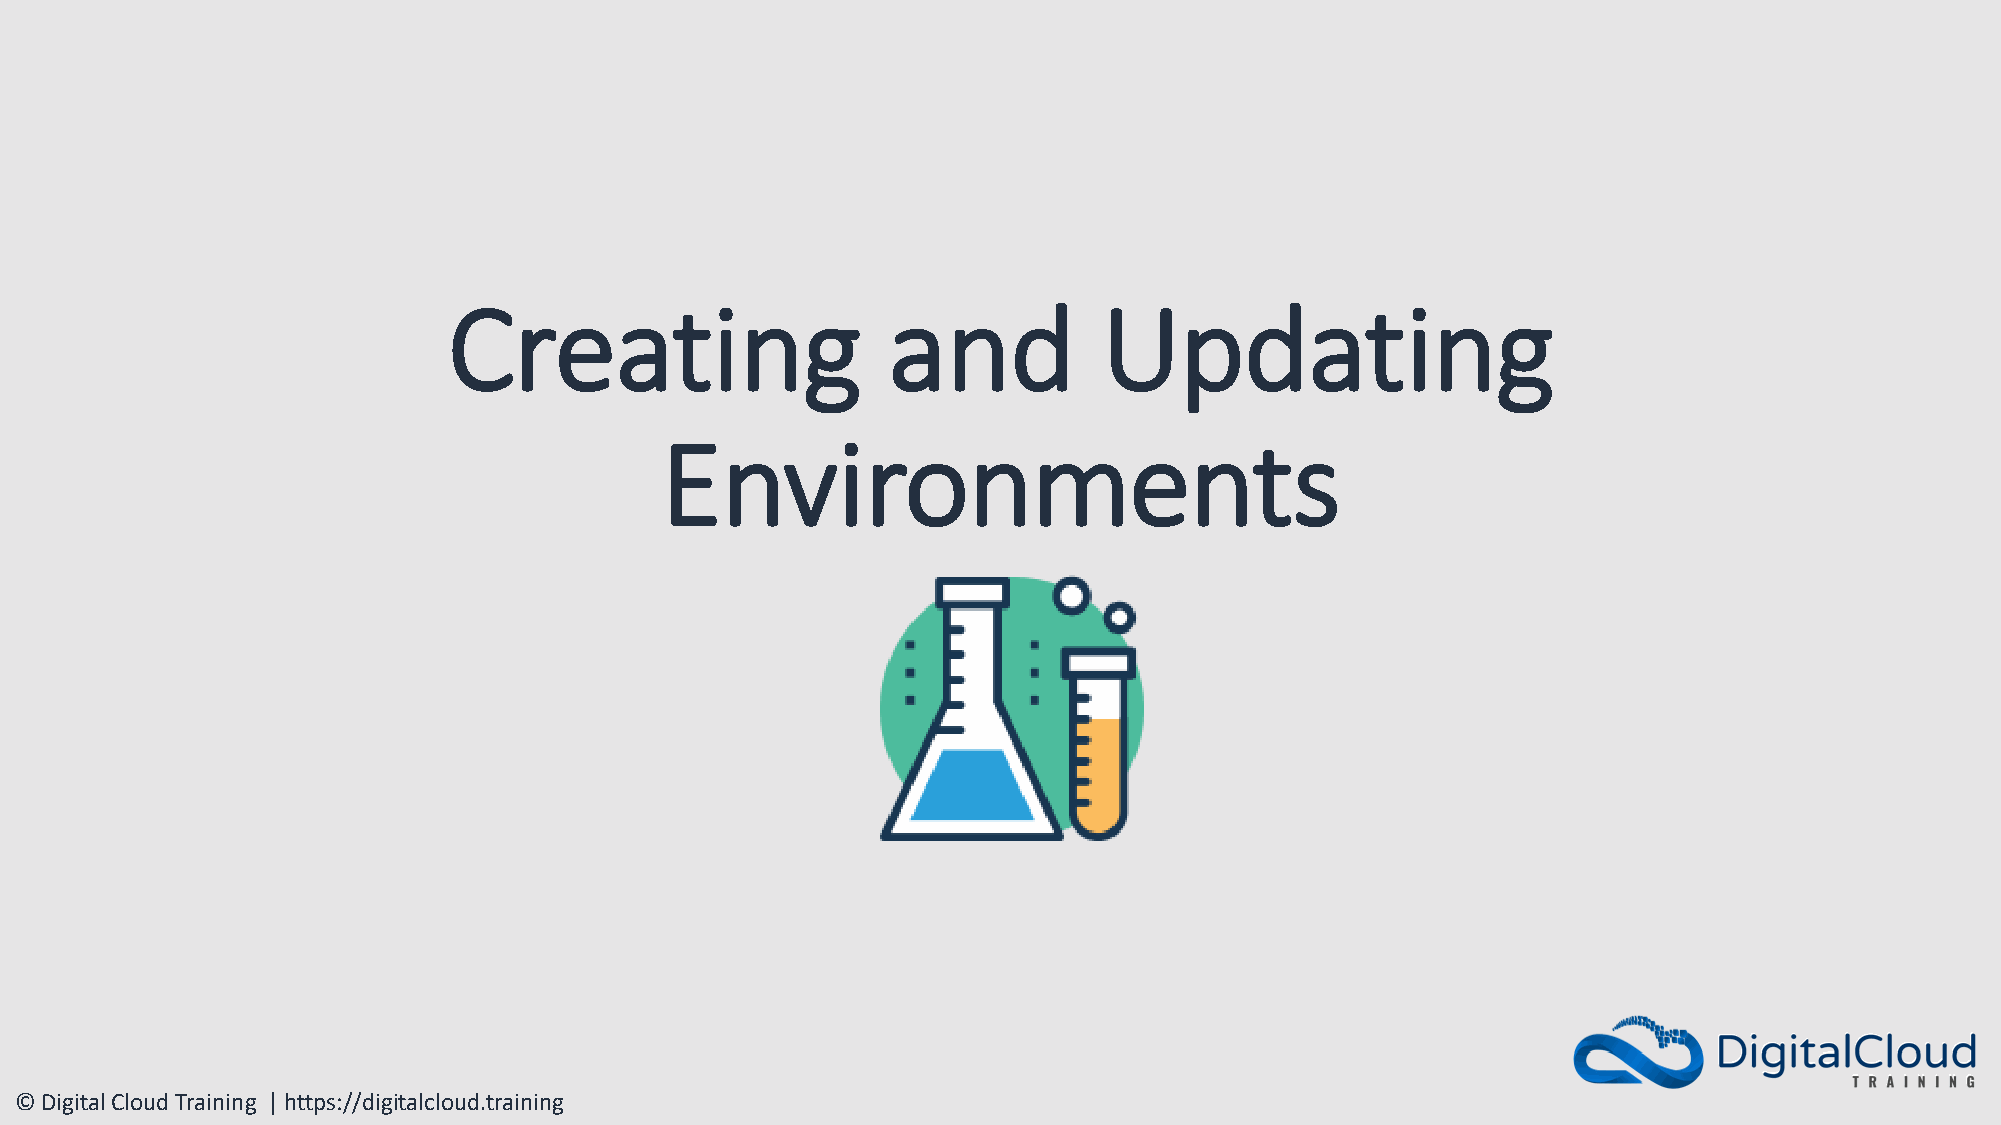
Creating                     and           Updating
 Environments
 © Digital Cloud Training | https://digitalcloud.training